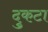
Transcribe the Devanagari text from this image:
दुकटा